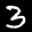
Label: 3